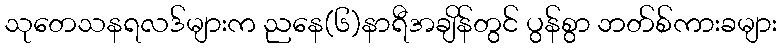
သုတေသနရလဒ်များက ညနေ(၆)နာရီအချိန်တွင် ပွန်စွာ ဘတ်စ်ကားခများ